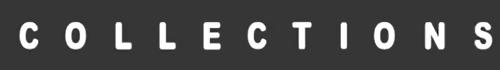
C O L L E C T I O N S